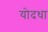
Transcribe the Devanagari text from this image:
योदधा